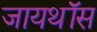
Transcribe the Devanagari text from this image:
जायथॉस